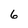
Character: 6